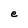
Character: e